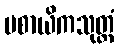
ပစာယိကသုတ္တံ